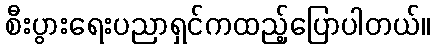
စီးပွားရေးပညာရှင်ကထည့်ပြောပါတယ်။